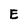
Character: E